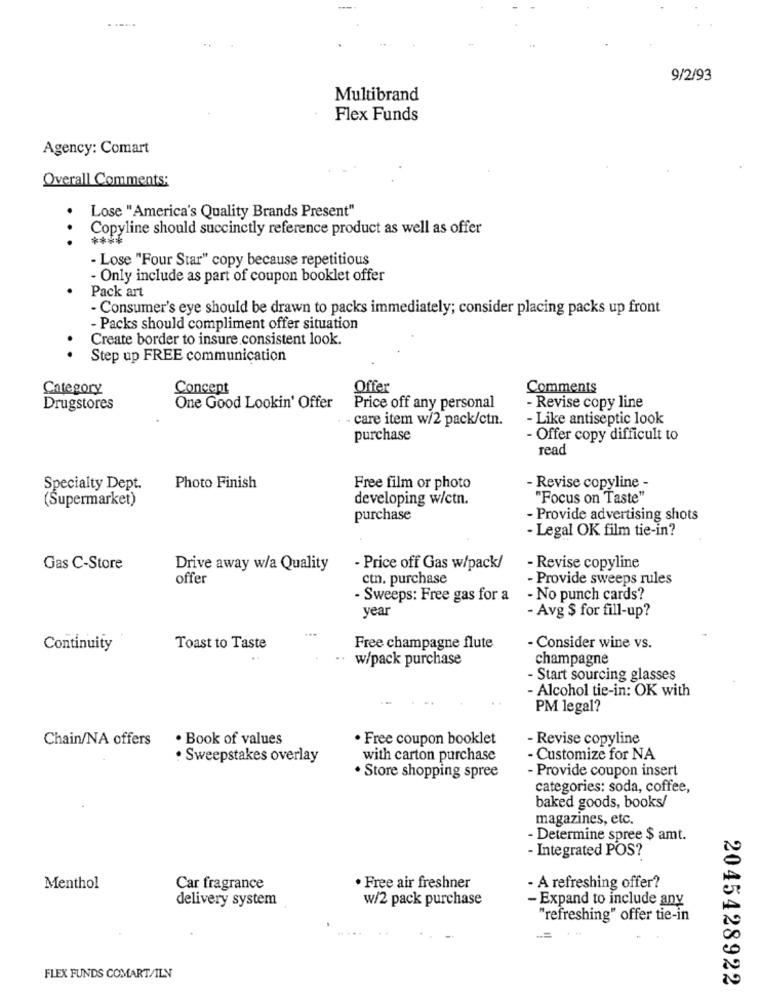
......
9/2/93
Multibrand
Flex Funds
Agency: Comart
Overall Comments:
Lose "America's Quality Brands Present"
Copyline should succinctly reference product as well as offer
- Lose "Four Star" copy because repetitious
- Only include as part of coupon booklet offer
Pack art
· Consumer's eye should be drawn to packs immediately; consider placing packs up front
- Packs should compliment offer situation
Create border to insure consistent look.
Step up FREE communication
Category
Concept
Offer
Comments
Drugstores
One Good Lookin' Offer
Price off any personal
- Revise copy line
- care item w/2 pack/ctn.
- Like antiseptic look
purchase
- Offer copy difficult to
read
Specialty Dept.
Photo Finish
Free film or photo
- Revise copyline -
developing w/ctn.
"Focus on Taste"
(Supermarket)
purchase
- Provide advertising shots
- Legal OK film tie-in?
Gas C-Store
Drive away w/a Quality
- Price off Gas w/pack/
-Revise copyline
offer
ctn. purchase
- Provide sweeps rules
- Sweeps: Free gas for a
- No punch cards?
year
- Avg $ for fill-up?
Continuity
Toast to Taste
Free champagne flute
- Consider wine vs.
w/pack purchase
champagne
- Start sourcing glasses
- Alcohol tie-in: OK with
PM legal?
Chain/NA offers
· Book of values
· Free coupon booklet
- Revise copyline
· Sweepstakes overlay
with carton purchase
- Customize for NA
- Provide coupon insert
. Store shopping spree
categories: soda, coffee,
baked goods, books/
magazines, etc.
- Determine spree $ amt.
- Integrated POS?
Menthol
Car fragrance
· Free air freshner
- A refreshing offer?
delivery system
w/2 pack purchase
- Expand to include any
"refreshing" offer tie-in
FLEX FUNDS COMART/ILN
2045428922